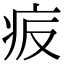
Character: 㽹